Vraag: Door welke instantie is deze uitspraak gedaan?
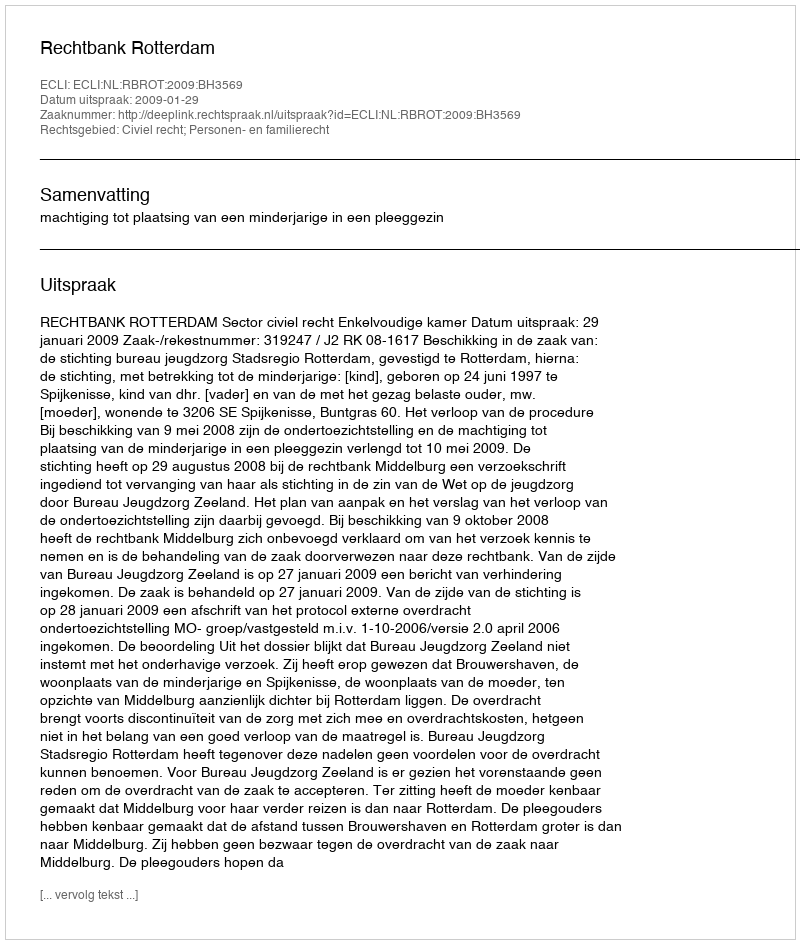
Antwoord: Rechtbank Rotterdam